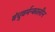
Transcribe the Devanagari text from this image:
बंधुवर्मन्कालीन